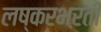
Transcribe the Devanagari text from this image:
लष्करभऱती